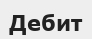
Дебит